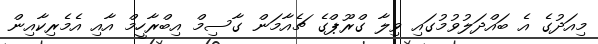
މިއަދުގެ އެ ބައްދަލުވުމުގައި ވިލާ ގްރޫޕްގެ ޗެއާމަން ގާސިމް އިބްރާހީމް އާއި އެމެރިކާއިން